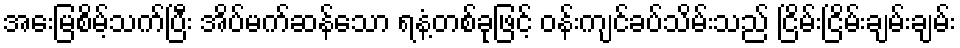
အေးမြစိမ့်သက်ပြီး အိပ်မက်ဆန်သော ရနံ့တစ်ခုဖြင့် ဝန်းကျင်ခပ်သိမ်းသည် ငြိမ်းငြိမ်းချမ်းချမ်း